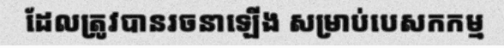
ដែលត្រូវបានរចនាឡើង សម្រាប់បេសកកម្ម